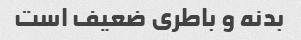
بدنه و باطری ضعیف است